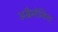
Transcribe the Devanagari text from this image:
अब्रैमोविच